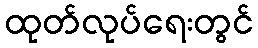
ထုတ်လုပ်ရေးတွင်